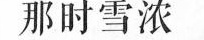
那时雪浓